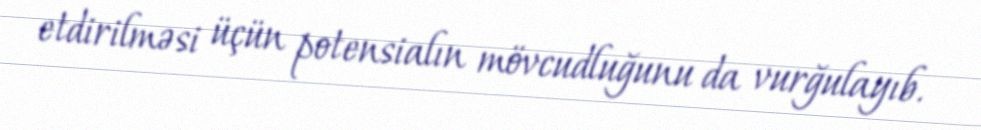
etdirilməsi üçün potensialın mövcudluğunu da vurğulayıb.